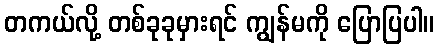
တကယ်လို့ တစ်ခုခုမှားရင် ကျွန်မကို ပြောပြပါ။